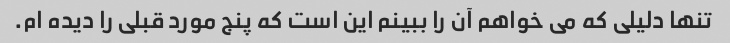
تنها دلیلی که می خواهم آن را ببینم این است که پنج مورد قبلی را دیده ام.